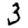
Digit: 3